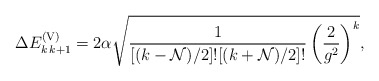
\begin{align*}\Delta E^{\rm (V)}_{ k\, k+1} = 2 \alpha \sqrt{{1 \over [(k-{\cal N})/2]! [(k + {\cal N})/2]! }\left({2 \over g^2} \right)^k }, \end{align*}